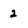
Character: 2